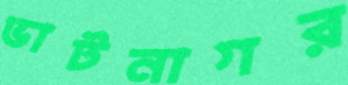
ভাটনাগর